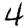
Digit: 4